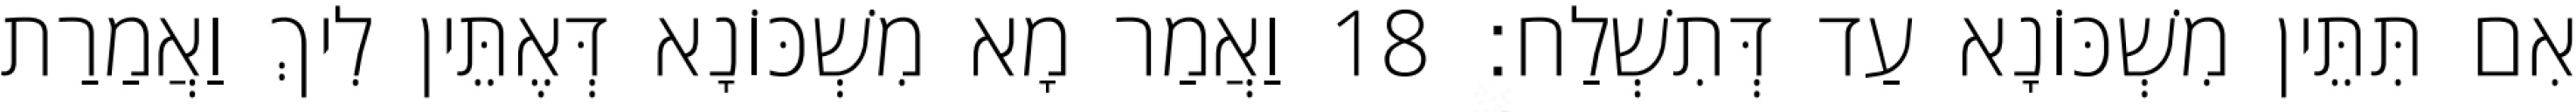
אִם תִּתֵּין מִשְׁכּוֹנָא עַד דְּתִשְׁלַח׃ 18 וַאֲמַר מָא מִשְׁכּוֹנָא דְּאֶתֵּין לִיךְ וַאֲמַרַת